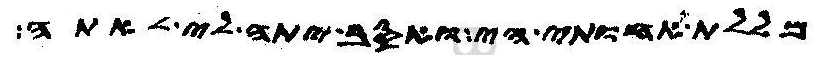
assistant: מללת אחותי הי ואסב יתה לי לאתה